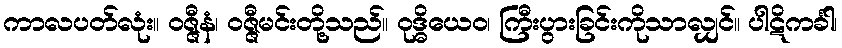
ကာလပတ်လုံး။ ဝဇ္ဇီနံ၊ ဝဇ္ဇီမင်းတို့သည်။ ဝုဒ္ဓိယေဝ၊ ကြီးပွားခြင်းကိုသာလျှင်။ ပါဋိကင်္ခါ၊